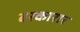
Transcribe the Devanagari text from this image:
बरकारार